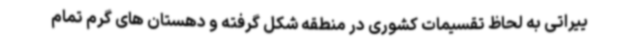
ییراتی به لحاظ تقسیمات کشوری در منطقه شکل گرفته و دهستان های گرم تمام